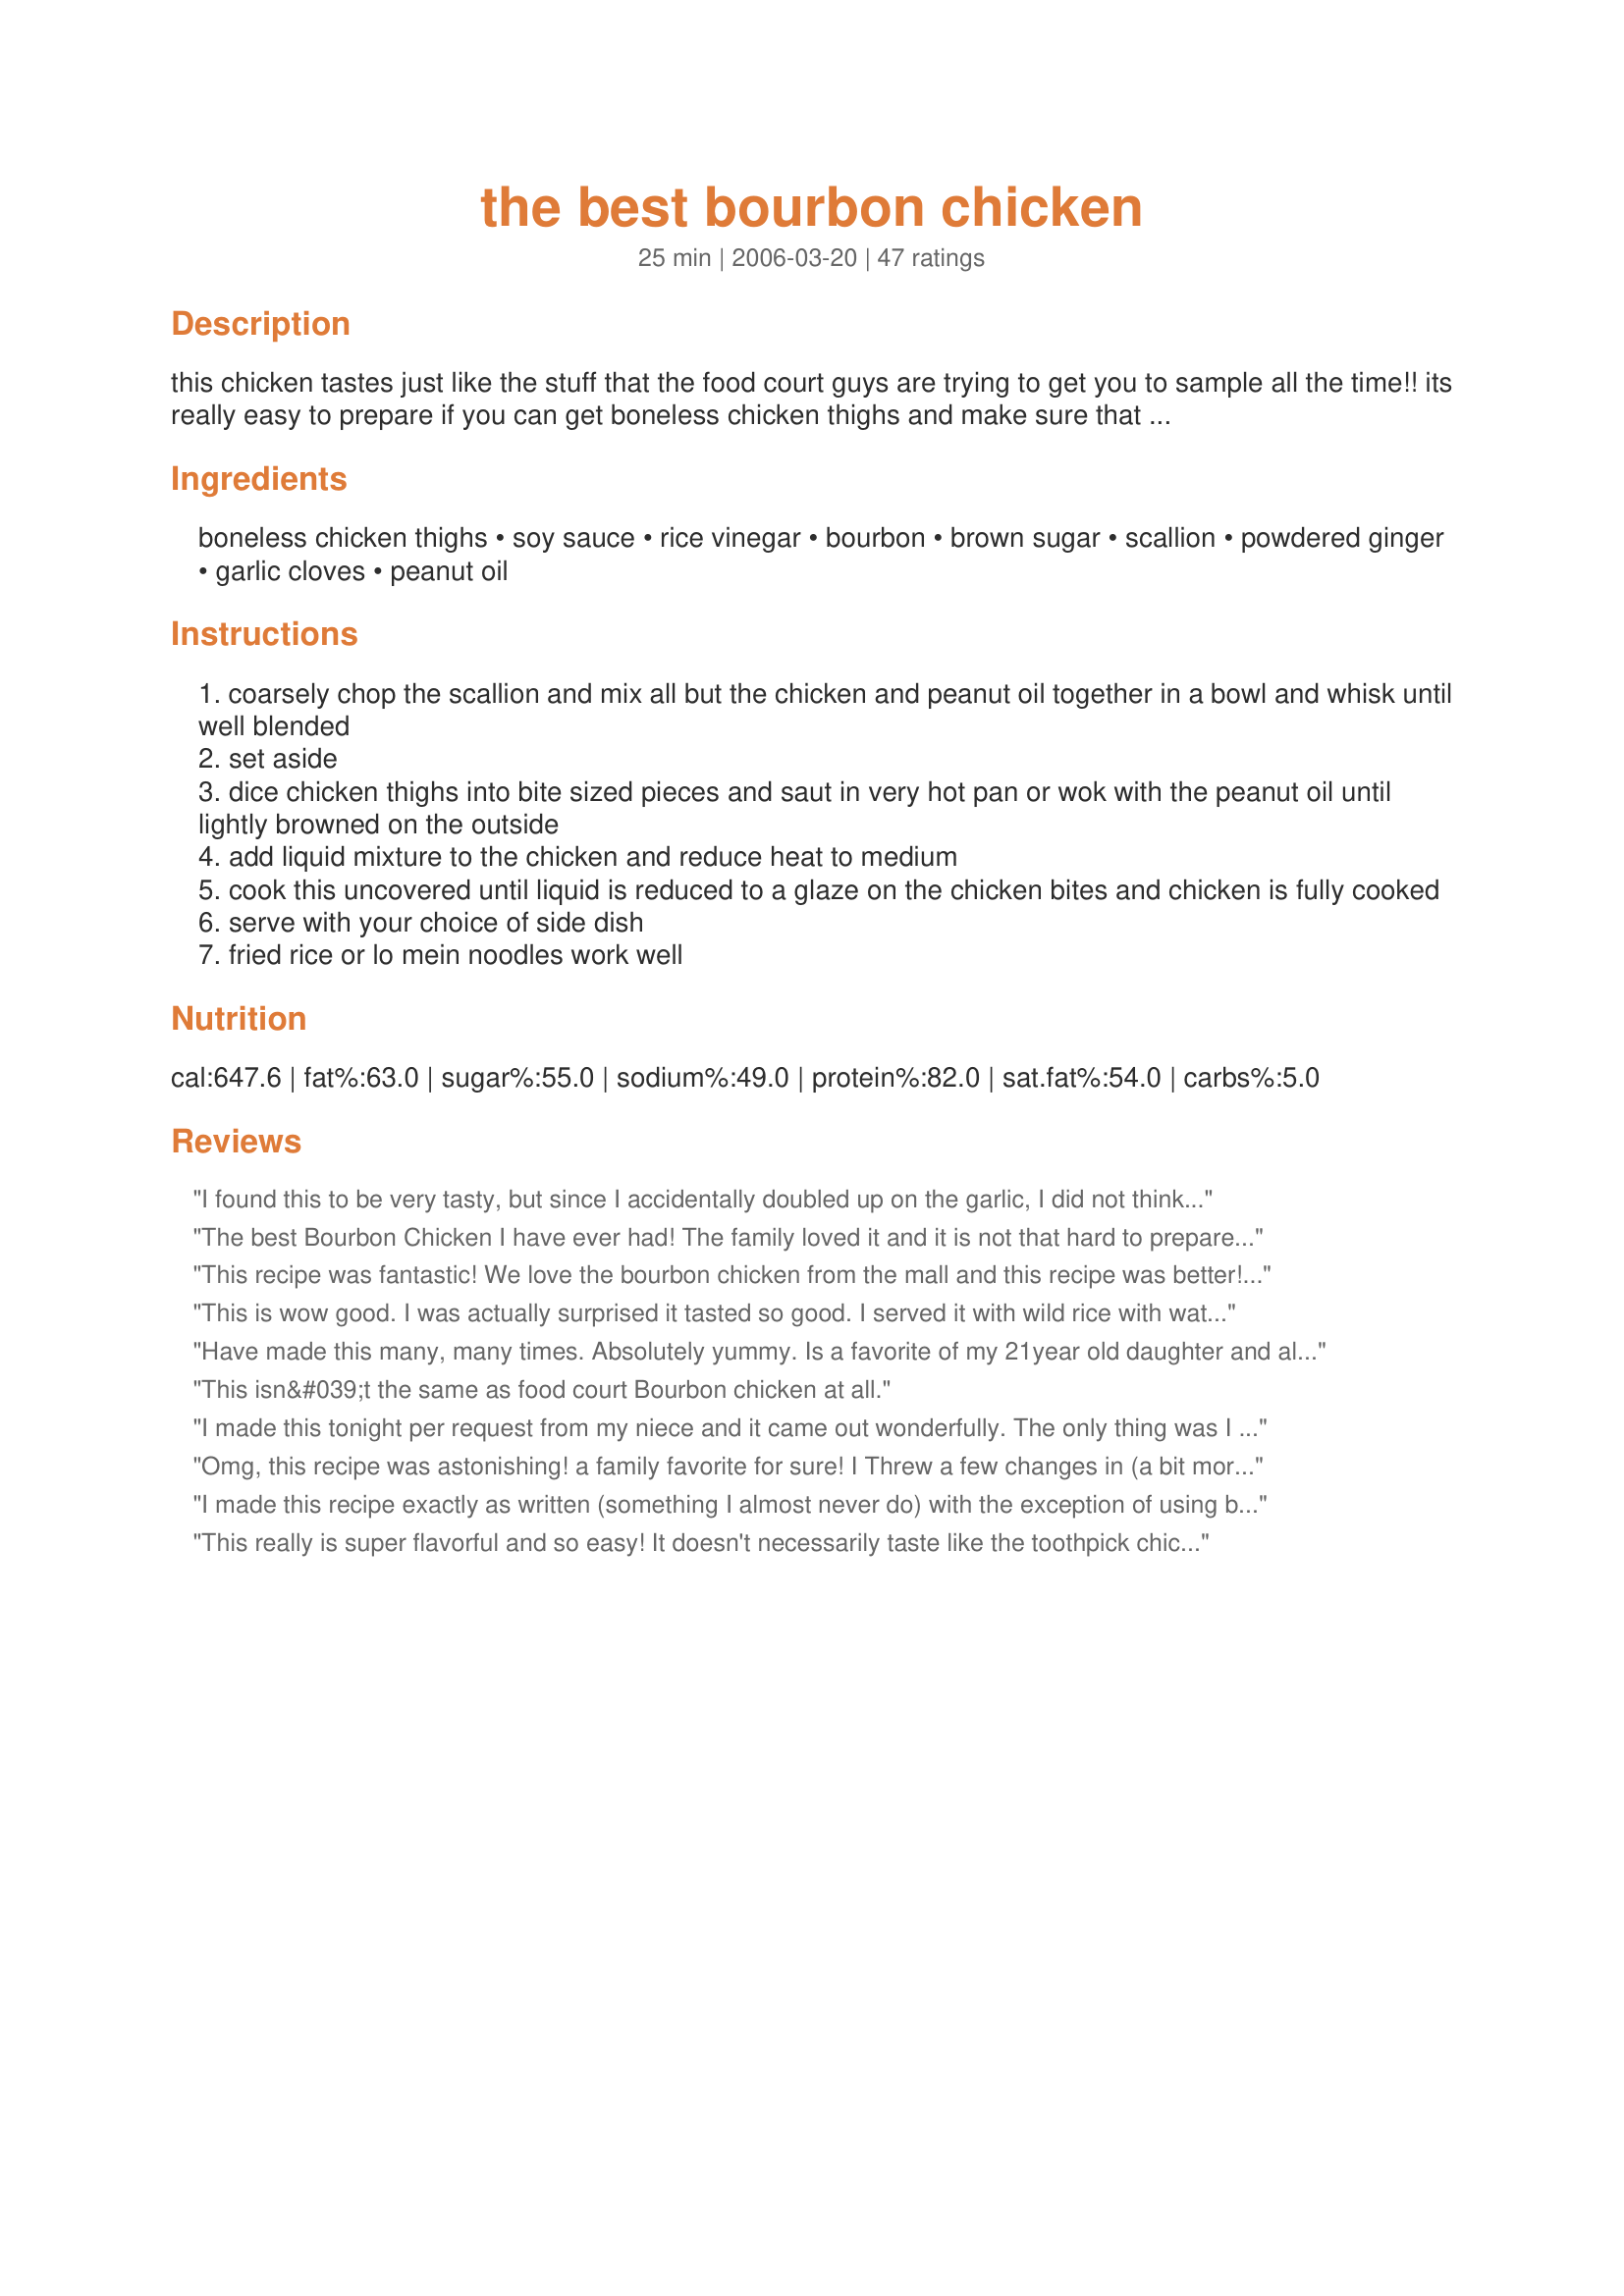
the best bourbon chicken
Preparation time: 25 minutes

this chicken tastes just like the stuff that the food court guys are trying to get you to sample all the time!! its really easy to prepare if you can get boneless chicken thighs and make sure that you use a good bourbon! remember--if you wouldn't drink it, do not cook with it!

Ingredients:
boneless chicken thighs, soy sauce, rice vinegar, bourbon, brown sugar, scallion, powdered ginger, garlic cloves, peanut oil

Steps:
coarsely chop the scallion and mix all but the chicken and peanut oil together in a bowl and whisk until well blended
set aside
dice chicken thighs into bite sized pieces and saut in very hot pan or wok with the peanut oil until lightly browned on the outside
add liquid mixture to the chicken and reduce heat to medium
cook this uncovered until liquid is reduced to a glaze on the chicken bites and chicken is fully cooked
serve with your choice of side dish
fried rice or lo mein noodles work well

Reviews:
I found this to be very tasty, but since I accidentally doubled up on the garlic, I did not think it was fair to rate. It tasted like Chinese garlic chicken; I will need to try it as listed before I use the star system. Overall, this recipe works well for garlic chicken by doubling up on that quantity!
The best Bourbon Chicken I have ever had! The family loved it and it is not that hard to prepare. I used boneless, skinless thighs and the cheapest bourbon I could find (not a drinker). I also cut back the ginger to 1/4 teaspoon for my taste. Paired it with a egg fried rice, a spring mix salad, and a small fruit salad. Delicious! Thanks for posting :D
This recipe was fantastic! We love the bourbon chicken from the mall and this recipe was better! It is perfect as it is, you don't need to adjust anything in this recipe. Served it with fried rice recipe #8594, and it was great. Would be great with even white rice.
This is wow good. I was actually surprised it tasted so good. I served it with wild rice with water chestnuts and peas thrown in. Yum!
Have made this many, many times. Absolutely yummy. Is a favorite of my 21year old daughter and all her friends who join us for dinner
This isn&#039;t the same as food court Bourbon chicken at all.
I made this tonight per request from my niece and it came out wonderfully. The only thing was I would have liked more sauce in the end, and will probably make up a little on the side for extra. Great dish. :)
Omg, this recipe was astonishing! a family favorite for sure! I Threw a few changes in (a bit more brown sugar, just to cut the bourbon taste a bit for my daughter) and added broccoli for a little filler.. but wow, thank you SO much for posting this!!!!!! :)
I made this recipe exactly as written (something I almost never do) with the exception of using breasts rather than thighs and it was delicious. Even my picky husband said it was good enough to cook again which I will be doing this evening. This is an excellent recipe - thanks for sharing!
This really is super flavorful and so easy! It doesn't necessarily taste like the toothpick chicken you get in the food court where I am from (then again, since I'm from Springfield, MO I probably shouldn't be surprised...we have a very different take on other Asian foods, especially Cashew Chicken) but it is still really really good. I discovered too late that I was out of scallions, but otherwise made as written with Jim Beam Bourbon. I served it over sticky white rice.
Recipe makes an awesome dinner. But since we are not drinkers in this house I substitute the Bourbon with orange juice. My kids love it so much they constantly ask me to make it!
Made this yesterday, REALY GOOD !!!!!!. The only change I made was that I added red and yellow bell peppers and onions
This was very good and tasted just like the stuff you get at the mall. I marinated the chicken for about an hour in the sauce and then I made extra sauce to cook with and served over white rice. Excellent and even better the next day!
This is the only bourbon chicken recipe we ever use now- we LOVE it! I like that it actually uses bourbon, unlike a lot of other recipes. I sometimes use chicken breast meat to make it healthier but the flavour is much better as written, with chicken thighs. Oh, and you'll want to double the sauce... it's that good! Thank you for a wonderful recipe!
My husband and I both enjoy Chinese. This is the best recipe I have tried. I doubled the sauce for extra to put on the rice. Just delicious!
This was good, but I preferred the bourbon free version of bourbon chicken better.
This is wonderful. I love it .
Thank You for the recipe. Every one that has eaten this loves it too. I serve it with red beans & rice. Yummy
Love it. It also works well with pork tenderloin.
This recipe is amazing!!! I took a suggestion from another review & added a little cornstarch for thickness & it turned out perfectly!!! My husband is a picky eater, but he no complaints. Thanks for the good recipe!!!
This was good, but I felt it was lacking something. I added a little crushed red pepper for some heat and also had to add cornstarch at the end to thicken the sauce because it never reduced down to a glaze.
I made this version of bourbon chicken for the first time tonight, and loved it! I made about 1.5 times the amount of sauce the recipe calls for, and added a bit of corn starch toward the end to thicken the sauce. I added steamed broccoli and served it over white rice, and the end result was excellent. My husband prefers the bourbon-free version of bourbon chicken (specifically recipe #45809), but I prefer this one.
This is a GREAT Recipe. I tried another recipe for bourbon chicken & felt unsatisfied. I feel that I have finally found a cure for my chinese craving that I can make at home! WOW!
This wasn't exactly what I was looking for but my boyfriend loved it! He told me to never lose this recipe. I used olive oil instead of peanut oil.
I've never had bourbon chicken in a mall food court or anywhere else, so I can't compare, but this recipe was quite nice. I made extra sauce and thickened it with cornstarch and also added some pineapple, water chestnuts and a chile pepper.
Spot on delicious! I've tried several other recipes for bourbon chicken but this one turned out the best for me. Near the end of cooking, I noticed my sauce was a little too thin for my liking so I made a flurry out of 1 heaping tablespoon of flour and some cold water and used that to thicken the sauce. Once that cooked into the sauce, I got a beautiful glaze on the chicken pieces. Thanks for posting it.
What can I say but WOW! DH just loved this (I guess it helps y'all have the same name). :) He has requested I make this often! I followed the recipe but I did double the sauce. Thanks for a great recipe and a keeper!
Forgot to add the vinegar and used fresh ginger not powdered and it still came out wonderful!!
Thank you!!!
Used this recipe to make chicken skewers for the barbecue. Marinated the chicken pieces in the sauce for a while, then threaded the pieces onto satay skewers alternating with onion (would also have used pieces of green pepper if I had them, but didn&#039;t). Barbecued them while cooking the excess marinade in a small saucepan for a bit, and then poured it over the cooked skewers. Delicious!
This is a very simple recipe that does taste very similar to the food court bourbon chicken. However, My sauce did not thicken quite enough. Perhaps I put too much bourbon in :-). Anyway, I&#039;ll try this one again very soon. The family loved it.
Running out of recipes for my very picky kids- I will try this next.
This actually was great and did taste very very similar to the food court version...which I love! I let my friend try it and he loved it and said it tasted better than the food court. Thanks so much for posting this!
Nice recipe. I used fresh grated ginger, but I'm sure powdered ginger would be good as well. For dinner I served it over rice. The next day for lunch I warmed the leftover chicken, and served as a salad over romaine lettuce hearts and fresh baby spinach. The sauce was just as good, if not better, the next day.
Yum!! Will make again for sure! My husband just said it is his new favorite!
I added a splash of apple juice while the sauce was simmering to cancel out the bourbon taste and it worked out great! We loved it and will certainly make it again!
Enjoy Creating this Dish and It Cured my Sweet Tooth and Craving at the Same Time..Although Bourbon isn&#039;t a Real Ingredient in this Dish..I played with it and added Mr.Beam.. With a Slice Pineapple or 3..All I can Say is What a Beautiful Comforting Dish...
Texture and flavors good except it was so salty! I&#039;ll either cut back on the soy or use lower sodium soy next time. I think the chicken thighs are a must if you are trying to duplicate the commercial versions.
We liked this a lot. I had to triple the sauce to get enough. Great recipe.
Donna
Extremely close to restaurant version. I followed the advice of others and added a bit of red pepper, tripled the recipe and thickened the sauce. It was extremely close the professional version. I would do five stars, but I think with a tad more tweaking it will be the five.
Boy are you right on by calling this the BEST Bourbon Chicken! YUMMY! The only thing I changed was to use chicken breast instead of thighs (that's all I had) And a little bit of crushed red pepper and fresh ginger (which by the way keeps in the freezer forever!). I can't wait to make this again next week! Thanks Bryan
Made it and my picky picky son said it tasted just like what he gets in the Chinese restaurants! Dinner success!
I love bourbon chicken! It's what I usually choose when at a mall's food court. This recipe came close to the taste, and I was especially pleased that the recipe called for...BOURBON! I doubled the sauce just by doubling the measurements for each ingredient called for to make the sauce. At the end, I added cornstarch (mixed it first with cold water and then dumped it in). The glaze thickened up to the right consistency. I might try adding fresh grated ginger next time.
I loved this recipe. I used 3 lbs of chicken. To get more sauce I added 1/2 cup of water and compensated by adding 1/2 cup bourbon and 1/2 cup brown sugar. I also like it spicy so I added some red pepper flakes (1 tbsp). This was so simple and easy. We serve over rice. For a side we have steamed green beans (steam first, and then when mix butter, garlic powder, onion flakes, and salt and pepper together, and then add green bean and mix together quickly and it is so scrumpious!!)
Very easy to make and very delicious.
Bourbon chicken is one of the wives favor things.Found this recipe and decided to try making for the first time.WOW turned out awesome.Used 8 chicken thighs and there was not a piece to be found after supper lol.Only added a couple of steps.Added a little bit of powder ginger to the chicken when I was frying it and used fresh ginger in the sauce.Added some fresh copped pineapple for garnish on top.Great recipe will be making this often.
Great recipe!! I love the fact the this recipe calls for real bourbon. That&#039;s a flavor you just can&#039;t fake. Had it over fried rice and it was delicious. Had to add a little flour to the sauce at the end to thicken and used fresh ginger instead of ground. Spirited flavor and you can taste all the ingredients. Would definitely serve this to guests.
Dh just went nuts over this! Finally someone actually put some bourbon in Bourbon Chicken! It does taste just like what you get in the mall food courts! Loved the addition of scallion! Added a little extra. Served it over white rice with the sauce. He requested I make this often! Thanks a keeper!
I thought this recipe came out pretty good, though I did add a bit of cornstarch to thicken it. I feel that if I'd let it cook until the sauce reduced, the chicken would have been dry (I used chicken breasts instead of thighs). I found it to be a bit salty, and I used the reduced sodium soy sauce. I also think it could have used a little more brown sugar, just my opinion. In the end, this dish did taste like some I've had in Chinese restaurants, but under a different name. Thanks.
